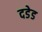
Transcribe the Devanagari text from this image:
दडेड